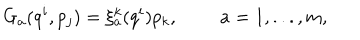
G _ { a } ( q ^ { i } , p _ { j } ) = \xi _ { a } ^ { k } ( q ^ { i } ) p _ { k } , a = 1 , . . . , m ,